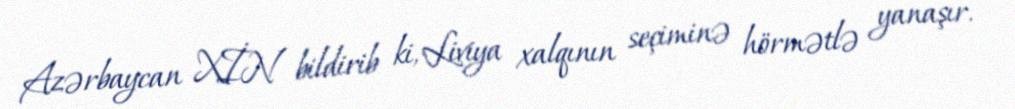
Azərbaycan XİN bildirib ki, Liviya xalqının seçiminə hörmətlə yanaşır.